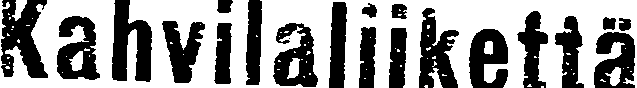
Kahvilaliikettä